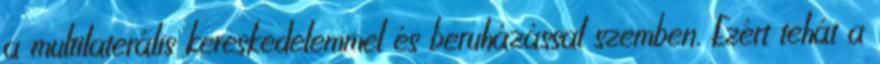
a multilaterális kereskedelemmel és beruházással szemben. Ezért tehát a